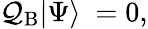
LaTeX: \mathcal{Q}_{\mathrm{{B}}}|\Psi\rangle\ =0,